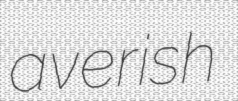
averish